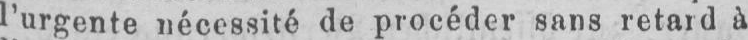
l’urgente nécessité de procéder sans retard à